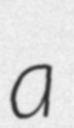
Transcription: a